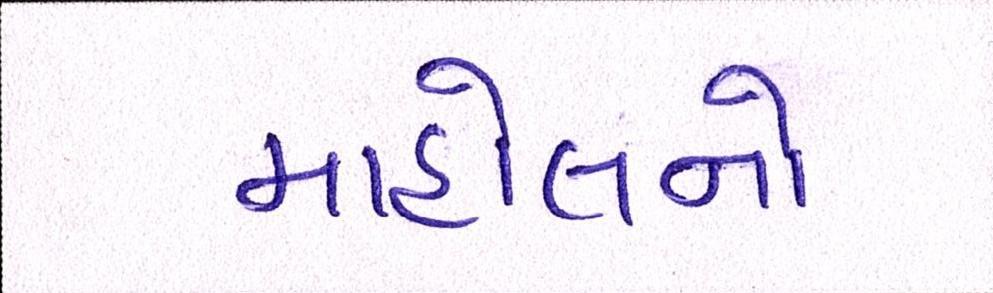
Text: માહોલનો